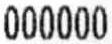
000000